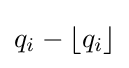
q_{i}-\lfloor q_{i}\rfloor